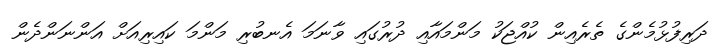
ދަރިފުޅުމެންގެ ތެރެއިން ކުއްޖަކު މަންމައާއި ދުރުގައި ވާނަމަ އެނބުރި މަންމަ ކައިރިއަށް އަންނަންދެން